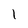
Character: l